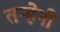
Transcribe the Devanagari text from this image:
तऱ्हेनी